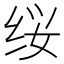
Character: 𰬕